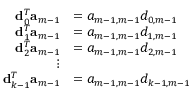
\begin{array} { r l } { { \bf d } _ { 0 } ^ { T } { \bf a } _ { m - 1 } } & { = a _ { m - 1 , m - 1 } d _ { 0 , m - 1 } } \\ { { \bf d } _ { 1 } ^ { T } { \bf a } _ { m - 1 } } & { = a _ { m - 1 , m - 1 } d _ { 1 , m - 1 } } \\ { { \bf d } _ { 2 } ^ { T } { \bf a } _ { m - 1 } } & { = a _ { m - 1 , m - 1 } d _ { 2 , m - 1 } } \\ { \vdots } \\ { { \bf d } _ { k - 1 } ^ { T } { \bf a } _ { m - 1 } } & { = a _ { m - 1 , m - 1 } d _ { k - 1 , m - 1 } } \end{array}